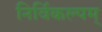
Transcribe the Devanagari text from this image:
निर्विकल्पम्